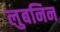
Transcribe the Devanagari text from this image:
लुबनिन